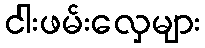
ငါးဖမ်းလှေများ